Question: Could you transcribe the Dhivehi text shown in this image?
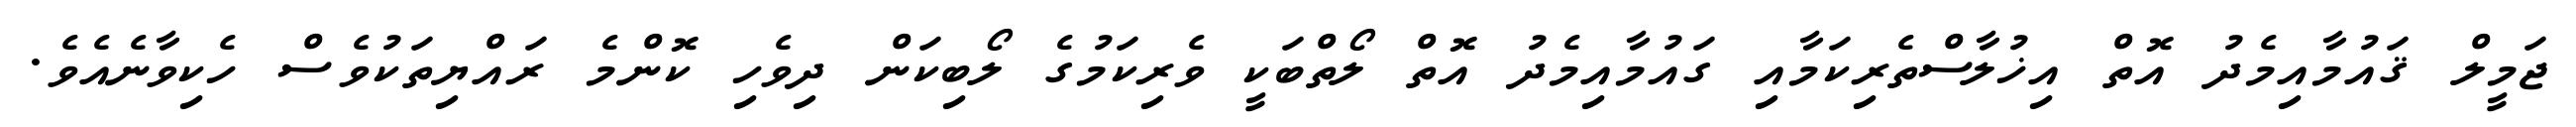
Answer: ޖަމީލް ޤައުމާއިމެދު އޮތް އިޚުލާސްތެރިކަމާއި ގައުމާއިމެދު އޮތް ލޯތްބަކީ ވެރިކަމުގެ ލޯބިކަން ދިވެހި ކޮންމެ ރައްޔިތަކުވެސް ހެކިވާނެއެވެ.